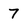
Character: 7